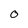
Character: O